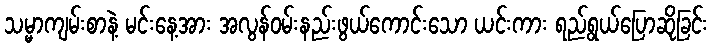
သမ္မာကျမ်းစာနဲ့ မင်းနေ့အား အလွန်ဝမ်းနည်းဖွယ်ကောင်းသော ယင်းကား ရည်ရွယ်ပြောဆိုခြင်း